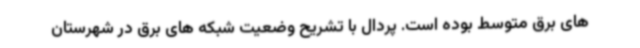
های برق متوسط بوده است. پردال با تشریح وضعیت شبکه های برق در شهرستان